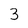
Character: 3